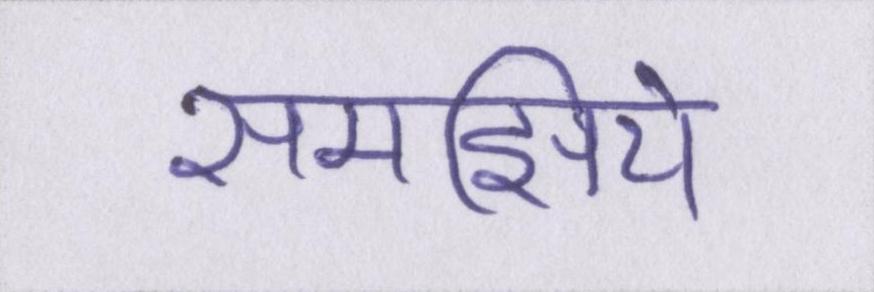
समझिये